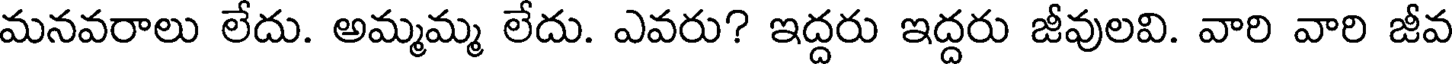
మనవరాలు లేదు. అమ్మమ్మ లేదు. ఎవరు? ఇద్దరు ఇద్దరు జీవులవి. వారి వారి జీవ